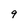
Character: 9